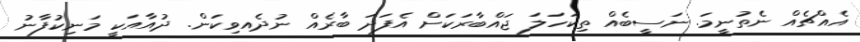
އެއްޗެއް ނެތުނީމަ. ނަސީބެއް ތިކަހަލަ ޖައްބާރަކަށް އެފަދަ ބާރެއް ނުދެއވިކަން. ދުއާއަކީ މަނިކުފާނު